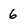
Character: 6